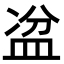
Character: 𥁣